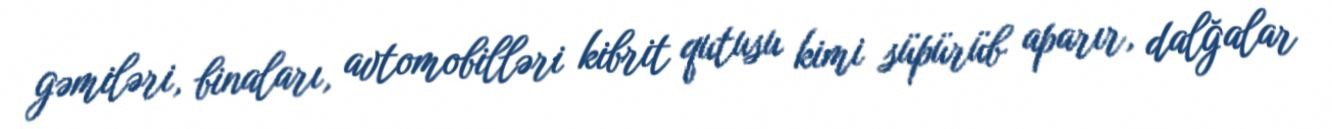
gəmiləri, binaları, avtomobilləri kibrit qutusu kimi süpürüb aparır, dalğalar